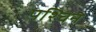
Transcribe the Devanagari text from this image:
पश्चिन